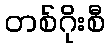
တစ်ဂိုးစီ